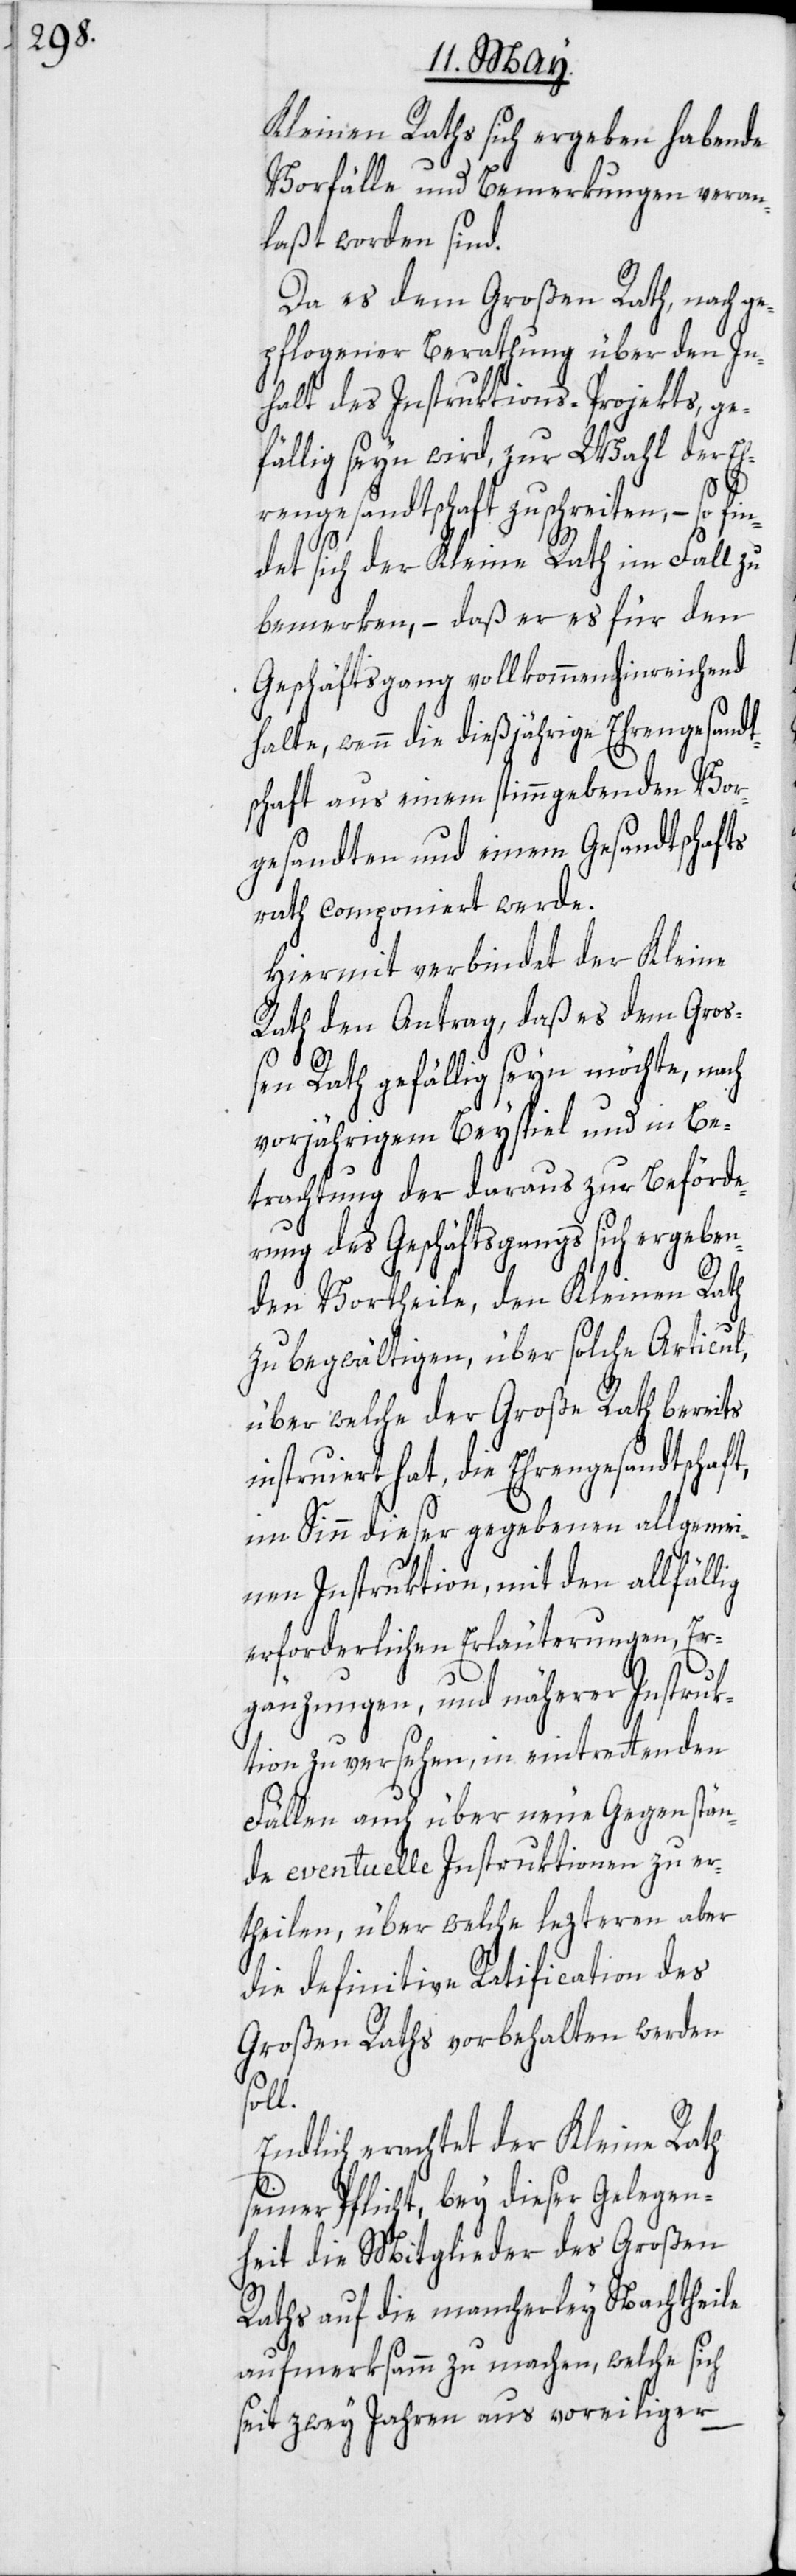
Kleinen Raths sich ergeben habende
Vorfälle und Bemerkungen veran¬
laßt worden sind.
Da es dem Großen Rath, nach ge¬
pflogener Berathung über den In¬
halt des Instruktions-Projekts, ge¬
fällig seyn wird, zur Wahl der Eh¬
rengesandtschaft zu schreiten, – so
det sich der Kleine Rath im Fall zu
bemerken, – daß er es für den
Geschäftsgang vollkommen hinreichend
halte, wenn die dießjährige Ehrengesandt¬
schaft aus einem stimmgebenden Vor¬
gesandten und einem Gesandtschaft¬
srath componiert werde.
Hiermit verbindet der Kleine
Rath den Antrag, daß es dem Groß¬
en Rath gefällig seyn möchte, nach
vorjährigem Beyspiel und in Be¬
trachtung der daraus zur Beförde¬
rung des Geschäftsgangs sich ergeben¬
den Vortheile, den Kleinen Rath
zu begwältigen, über solche Articul,
über welche der Große Rath bereits
instruiert hat, die Ehrengesandtschaft,
im Sinn dieser gegebenen allgemei¬
nen Instruktion, mit den allfällig
erforderlichen Erläuterungen, Er¬
gänzungen, und näherer Instruk¬
tion zu versehen, in eintrettenden
Fällen auch über neue Gegenstän¬
de eventuelle Instruktionen zu er¬
theilen, über welche lezteren aber
die definitive Ratifcation des
Großen Raths vorbehalten werden
soll.
Endlich erachtet der Kleine Rath
seiner Pflicht, bey dieser Gelegen¬
heit die Mitglieder des Großen
Raths auf die mancherley Nachtheile
aufmerksamm zu machen, welche sich
seit zwey Jahren aus voreiliger